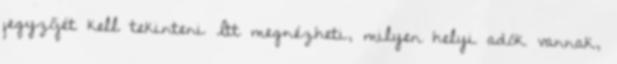
jegyzőjét kell tekinteni Itt megnézheti, milyen helyi adók vannak,